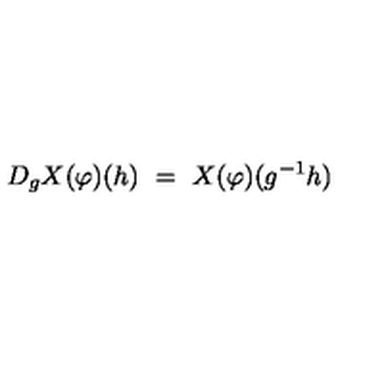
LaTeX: D _ { g } X ( \varphi ) ( h ) \ = \ X ( \varphi ) ( g ^ { - 1 } h )